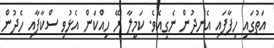
އަތުގައި ހިފާފައި އެނދުން ނެގިއެވެ. ކަމީލާ ރޭ ހިއްކަން އެޅުވި ސްކާފާއި ހެދުން